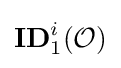
\mathbf {ID} _{1}^{i}({\mathcal {O}})